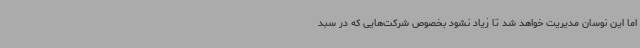
اما این نوسان مدیریت خواهد شد تا زیاد نشود بخصوص شرکت‌هایی که در سبد